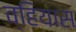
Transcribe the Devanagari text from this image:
व्हियास